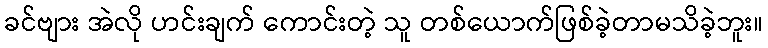
ခင်ဗျား အဲလို ဟင်းချက် ကောင်းတဲ့ သူ တစ်ယောက်ဖြစ်ခဲ့တာမသိခဲ့ဘူး။